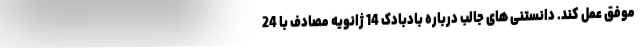
موفق عمل کند. دانستنی های جالب درباره بادبادک 14 ژانویه مصادف با 24